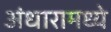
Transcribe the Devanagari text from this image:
अंधारामध्ये